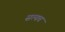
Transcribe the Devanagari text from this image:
सत्यच